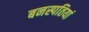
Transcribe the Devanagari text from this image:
बनस्पतियां